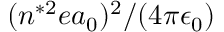
( n ^ { * 2 } e a _ { 0 } ) ^ { 2 } / ( 4 \pi \epsilon _ { 0 } )